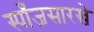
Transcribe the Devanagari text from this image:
स्पाँजसारखे